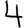
Digit: 4